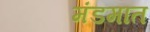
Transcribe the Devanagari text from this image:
मंडमात